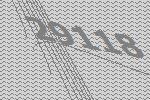
29118